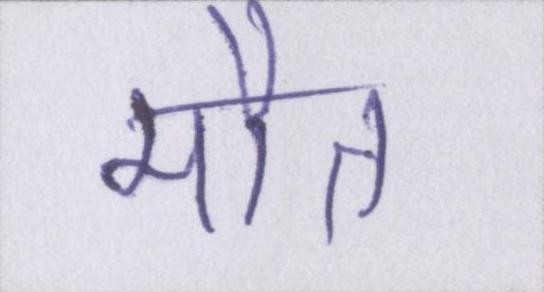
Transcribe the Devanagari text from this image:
मौत